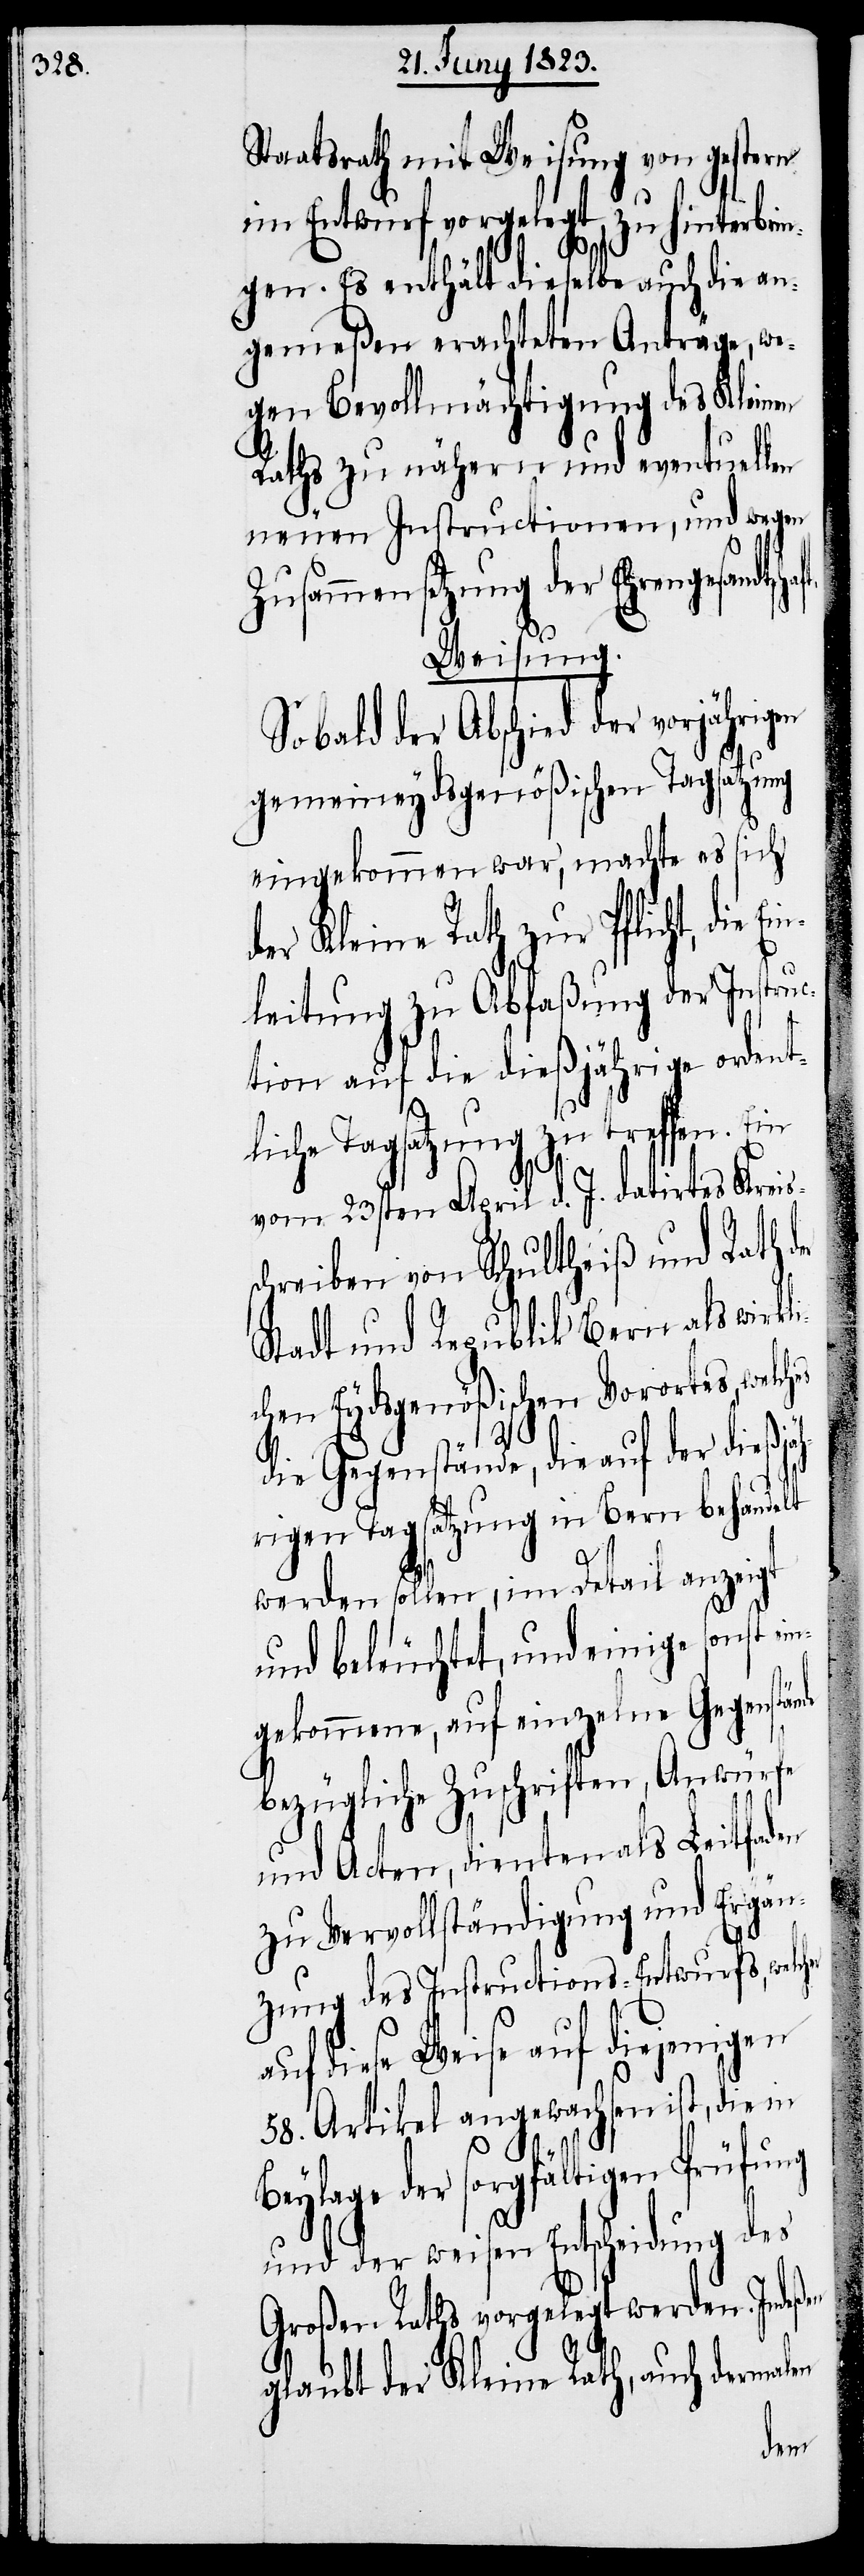
chaft.

Staatsrath mit Weisung von gestern
im Entwurf vorgelegt, zu hinterbri¬
ngen. Es enthält dieselbe auch die an¬
gemeßen erachteten Anträge, we¬
gen Bevollmächtigung des Kleinen
Raths zu nähern und eventuellen
neuen Instructionen, und wegen
Zusammensetzung der Ehrengesandts¬
Weisung.
Sobald der Abschied der vorjährigen
gemeineydsgenößischen Tagsatzung
eingekommen war, machte es sich
er Kleine Rath zur Pflicht, die
leitung zu Abfaßung der Instruc¬
tion auf die dießjährige ordent¬
liche Tagsatzung zu treffen. Ein
vom 23sten April d. J. datirtes Kreis¬
s¬
chreiben von Schultheiß und Rath
Stadt und Republik Bern als wirkli¬
chen Eydsgenößischen Vorortes,
die Gegenstände, die auf der dießjäh¬
rigen Tagsatzung in Bern behandelt
werden sollen, im Detail anzeigt
und beleuchtet, und einige sonst ei¬
ngekommene, auf einzelne Gegenstän¬
bezügliche Zuschriften, Anwürfe
und Acten, dienten als Leitfa¬
zu Vervollständigung und Ergän¬
zung des Instructions-Entwurfs, welch¬
auf diese Weise auf diejenigen
58. Artikel angewachsen ist, die in
Beylage der sorgfältigen
und der weisen Entscheidung des
Großen Raths vorgelegt werden. Indeßen
glaubt der Kleine Rath, auch dermal¬
en